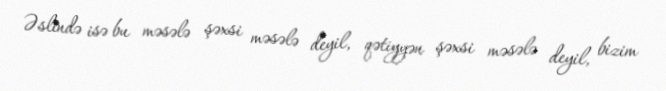
Əslində isə bu məsələ şəxsi məsələ deyil, qətiyyən şəxsi məsələ deyil, bizim